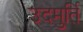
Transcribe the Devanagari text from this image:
उदमुर्ति